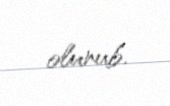
olunub.